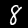
Digit: 8